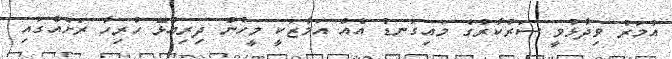
އުމަރު ވިދާޅުވީ ސަރުކާރުގެ މައިގަނޑު އެއް އަމާޒަކީ މީހުން ދިރިއުޅޭ ހުރިހާ ރަށެއްގައި